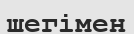
шегімен